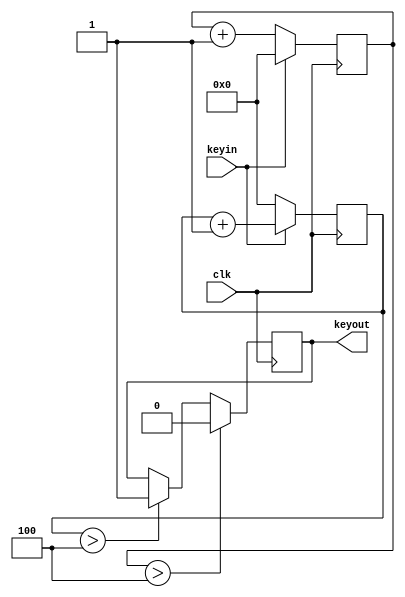
module KeyIn(clk,keyin,keyout);
	input clk,keyin;
	output keyout;
	reg[3:0]cta,ctb;//55
	reg keyout;
always@(posedge clk)
begin
	if(!keyin) cta= cta+1;
	else cta = 0;
end
always@(posedge clk)
begin
	if(keyin) ctb= ctb+1;
	else ctb = 0;
end
always@(posedge clk)
begin
	if(cta>4'b0100) begin keyout=0; end //5
	else if(ctb>4'b0100) begin keyout =1'b1;end//5
end
endmodule